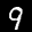
Label: 9